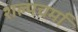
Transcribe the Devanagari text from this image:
शल्पचर्मा